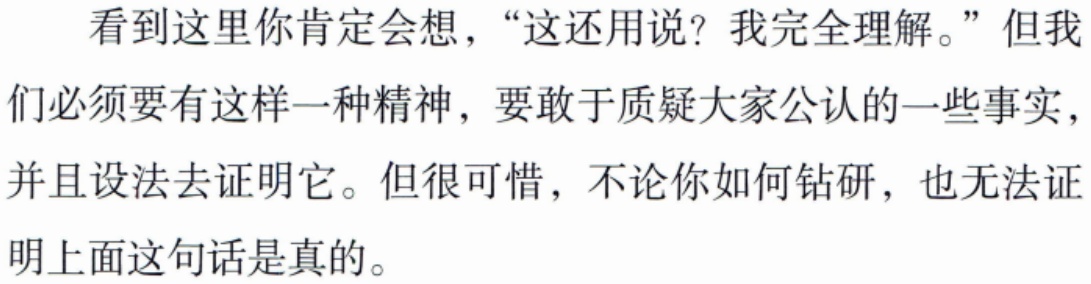
看到这里你肯定会想，“这还用说？我完全理解。”但我们必须要有这样一种精神，要敢于质疑大家公认的一些事实，并且设法去证明它。但很可惜，不论你如何钻研，也无法证明上面这句话是真的。